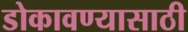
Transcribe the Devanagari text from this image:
डोकावण्यासाठी